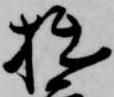
拙